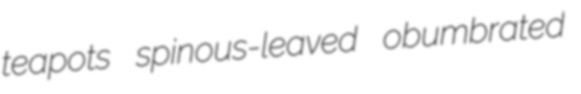
teapots spinous-leaved obumbrated